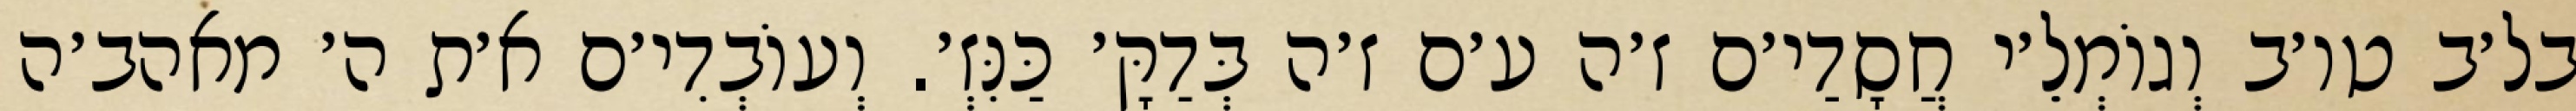
בל׳ב טו׳ב וְגוֹמְלֵ׳י חֲסָדַי׳ם ז׳ה ע׳ם ז׳ה בְּדַקָּ׳ כַּנִּזְ׳. וְעוֹבְדִי׳ם א׳ת ה׳ מאהב׳ה